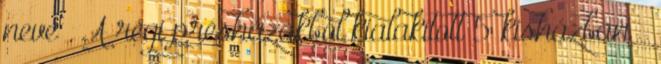
neve . A régi présházakból kialakított 5 kisházban –